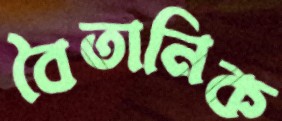
বৈতানিক